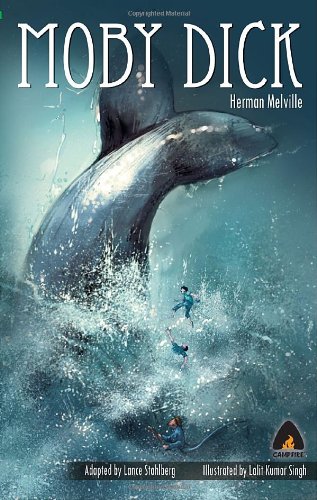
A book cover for Moby Dick: The Graphic Novel (Campfire Graphic Novels); Herman Melville; Comics & Graphic Novels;